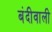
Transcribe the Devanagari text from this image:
बंदीवाली